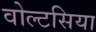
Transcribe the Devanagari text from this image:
वोल्टसिया